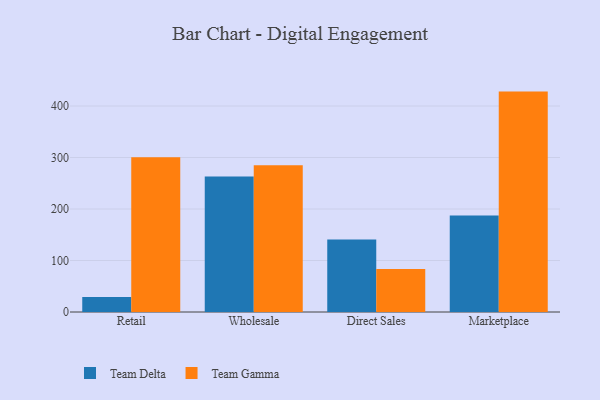
{"axis": {"x": "Channel", "y": "Active Users"}, "legend": ["Team Delta", "Team Gamma"], "data": [{"x": "Retail", "y": 29.3, "type": "Team Delta"}, {"x": "Retail", "y": 300.6, "type": "Team Gamma"}, {"x": "Wholesale", "y": 262.9, "type": "Team Delta"}, {"x": "Wholesale", "y": 285.1, "type": "Team Gamma"}, {"x": "Direct Sales", "y": 141.0, "type": "Team Delta"}, {"x": "Direct Sales", "y": 83.4, "type": "Team Gamma"}, {"x": "Marketplace", "y": 187.6, "type": "Team Delta"}, {"x": "Marketplace", "y": 428.0, "type": "Team Gamma"}]}